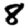
Digit: 8